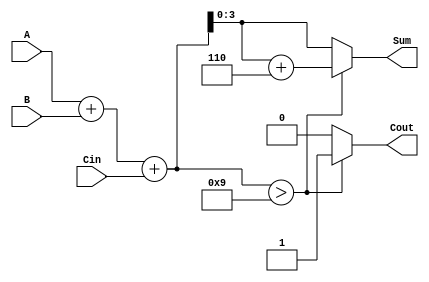
module BCD_Ripple_Carry_Adder (
    input  wire [3:0] A,    // First BCD digit
    input  wire [3:0] B,    // Second BCD digit
    input  wire Cin,        // Carry input
    output reg  [3:0] Sum,  // BCD sum output
    output reg  Cout        // Carry output
);

    // Internal signals
    wire [4:0] binary_sum; // 5-bit to accommodate carry
    wire [4:0] corrected_sum;

    // Step 1: Binary addition
    assign binary_sum = A + B + Cin;

    // Step 2: BCD correction
    always @(*) begin
        if (binary_sum > 4'b1001) begin
            corrected_sum = binary_sum + 5'b00110; // Add 6 if binary_sum > 9
            Cout = 1; // Set carry output
        end else begin
            corrected_sum = binary_sum;
            Cout = 0; // No carry output
        end
    end

    // Step 3: Assign the corrected sum to output
    always @(*) begin
        Sum = corrected_sum[3:0]; // Take the lower 4 bits as the BCD sum
    end

endmodule